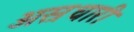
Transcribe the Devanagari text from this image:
अस्रधारी